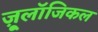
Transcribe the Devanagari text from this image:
ज़ू्लॉजिकल